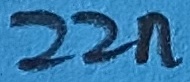
Text: 22n